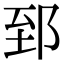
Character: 郅